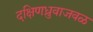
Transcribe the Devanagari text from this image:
दक्षिणध्रुवाजवळ